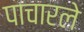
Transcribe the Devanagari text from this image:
पाचारले